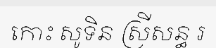
កោះ សូទិន ស្រីសន្ធ រ